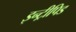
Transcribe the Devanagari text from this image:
इन्ट्रीपिड